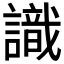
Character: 識